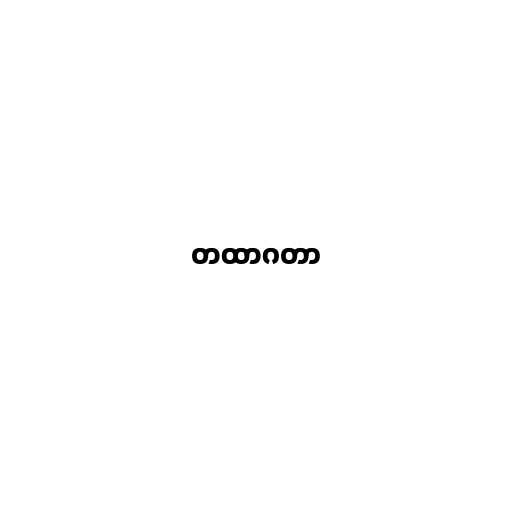
တထာဂတာ